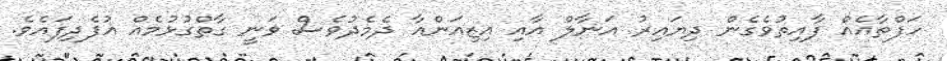
ހަފްތާއެއް ފާއިތުވެގެން ދިޔައިރު އަނާލް އާއި އިޒިއަންއާ ދެމެދުވެސް ވަނީ ގާތްގުޅުމެއް އުފެދިފައެވެ.